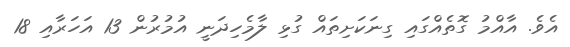
އެވެ. އާއްމު ގޮތެއްގައި ގިނަކަށިތައް ގުޅި ލާމެހިދަނީ އުމުރުން 13 އަހަރާއި 18